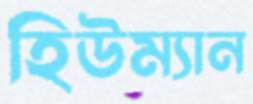
হিউম্যান